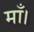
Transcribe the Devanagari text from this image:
माँ।